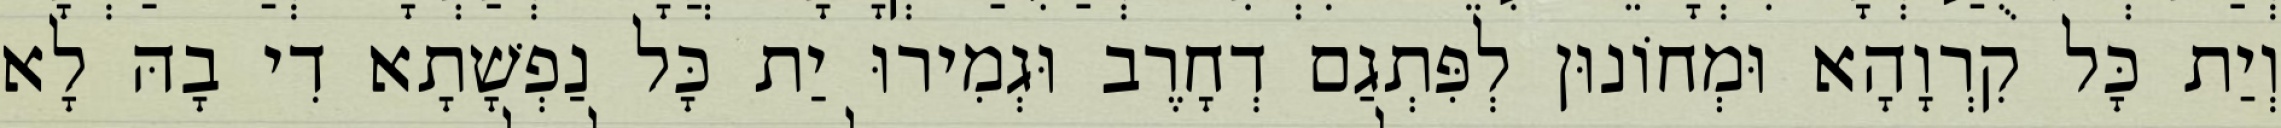
וְיַת כָּל קִרְוָהָא וּמְחוֹנוּן לְפִּתְגַם דְחָרֶב וּגְמִירוּ יַת כָּל נַפְשָׁתָא דִי בָהּ לָא